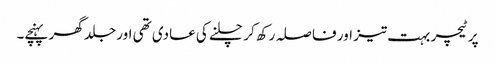
پر ٹیچر بہت تیز اور فا صلہ رکھ کر چلنے کی عادی تھی اور جلد گھر پہنچے۔